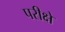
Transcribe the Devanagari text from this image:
परीक्षे